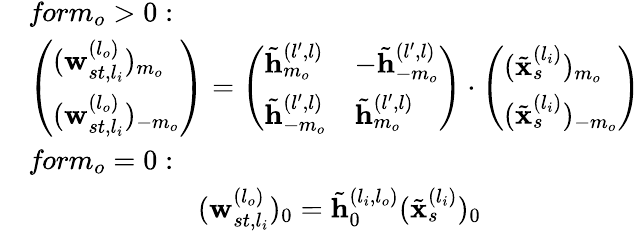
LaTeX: \begin{array}{rl}&{\textit{for}m_{o}>0:}\\ &{\left(\begin{array}{l}{(\mathbf{w}_{st,l_{i}}^{(l_{o})})_{m_{o}}}\\ {(\mathbf{w}_{st,l_{i}}^{(l_{o})})_{-m_{o}}}\end{array}\right)=\left(\begin{array}{ll}{\tilde{\mathbf{h}}_{m_{o}}^{(l^{\prime},l)}}&{-\tilde{\mathbf{h}}_{-m_{o}}^{(l^{\prime},l)}}\\ {\tilde{\mathbf{h}}_{-m_{o}}^{(l^{\prime},l)}}&{\tilde{\mathbf{h}}_{m_{o}}^{(l^{\prime},l)}}\end{array}\right)\cdot\left(\begin{array}{l}{(\tilde{\mathbf{x}}_{s}^{(l_{i})})_{m_{o}}}\\ {(\tilde{\mathbf{x}}_{s}^{(l_{i})})_{-m_{o}}}\end{array}\right)}\\ &{\textit{for}m_{o}=0:}\\ &{\quad\quad\quad\quad\quad\quad(\mathbf{w}_{st,l_{i}}^{(l_{o})})_{0}=\tilde{\mathbf{h}}_{0}^{(l_{i},l_{o})}(\tilde{\mathbf{x}}_{s}^{(l_{i})})_{0}}\end{array}